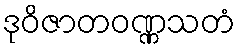
ဒုဝိဇာတဝဏ္ဏသတံ